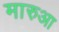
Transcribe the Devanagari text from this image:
मारुआ